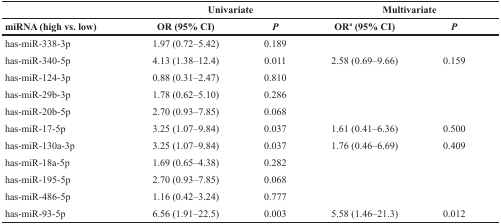
|  | <COLSPAN=2> Univariate | <COLSPAN=2> Multivariate |
 | miRNA (high vs. low) | OR (95% CI) | P | ORa (95% CI) | P |
 | --- | --- | --- | --- | --- |
 | has-miR-338-3p | 1.97 (0.72–5.42) | 0.189 |  |  |
 | has-miR-340-5p | 4.13 (1.38–12.4) | 0.011 | 2.58 (0.69–9.66) | 0.159 |
 | has-miR-124-3p | 0.88 (0.31–2.47) | 0.810 |  |  |
 | has-miR-29b-3p | 1.78 (0.62–5.10) | 0.286 |  |  |
 | has-miR-20b-5p | 2.70 (0.93–7.85) | 0.068 |  |  |
 | has-miR-17-5p | 3.25 (1.07–9.84) | 0.037 | 1.61 (0.41–6.36) | 0.500 |
 | has-miR-130a-3p | 3.25 (1.07–9.84) | 0.037 | 1.76 (0.46–6.69) | 0.409 |
 | has-miR-18a-5p | 1.69 (0.65–4.38) | 0.282 |  |  |
 | has-miR-195-5p | 2.70 (0.93–7.85) | 0.068 |  |  |
 | has-miR-486-5p | 1.16 (0.42–3.24) | 0.777 |  |  |
 | has-miR-93-5p | 6.56 (1.91–22.5) | 0.003 | 5.58 (1.46–21.3) | 0.012 |